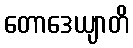
တောဒေယျာတိ